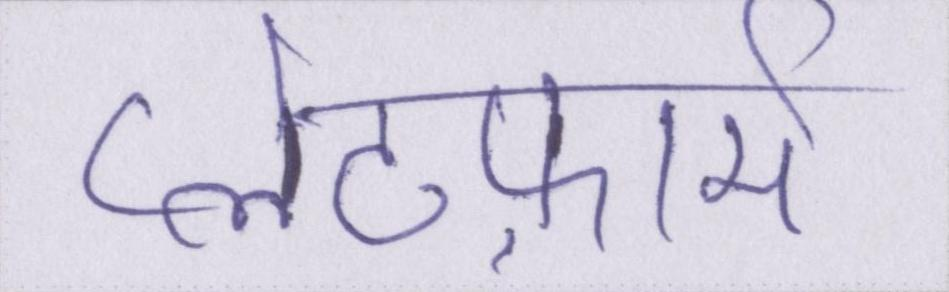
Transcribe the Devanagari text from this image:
प्लेटफ़ार्म